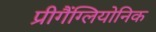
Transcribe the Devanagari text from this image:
प्रीगैंग्लियोनिक